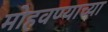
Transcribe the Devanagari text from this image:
मोहवण्याच्या